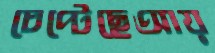
চেপ্‌টেছেআয়